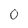
Character: 0